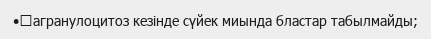
•	агранулоцитоз кезінде сүйек миында бластар табылмайды;